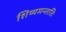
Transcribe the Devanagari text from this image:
शिष्यमन्ततिः